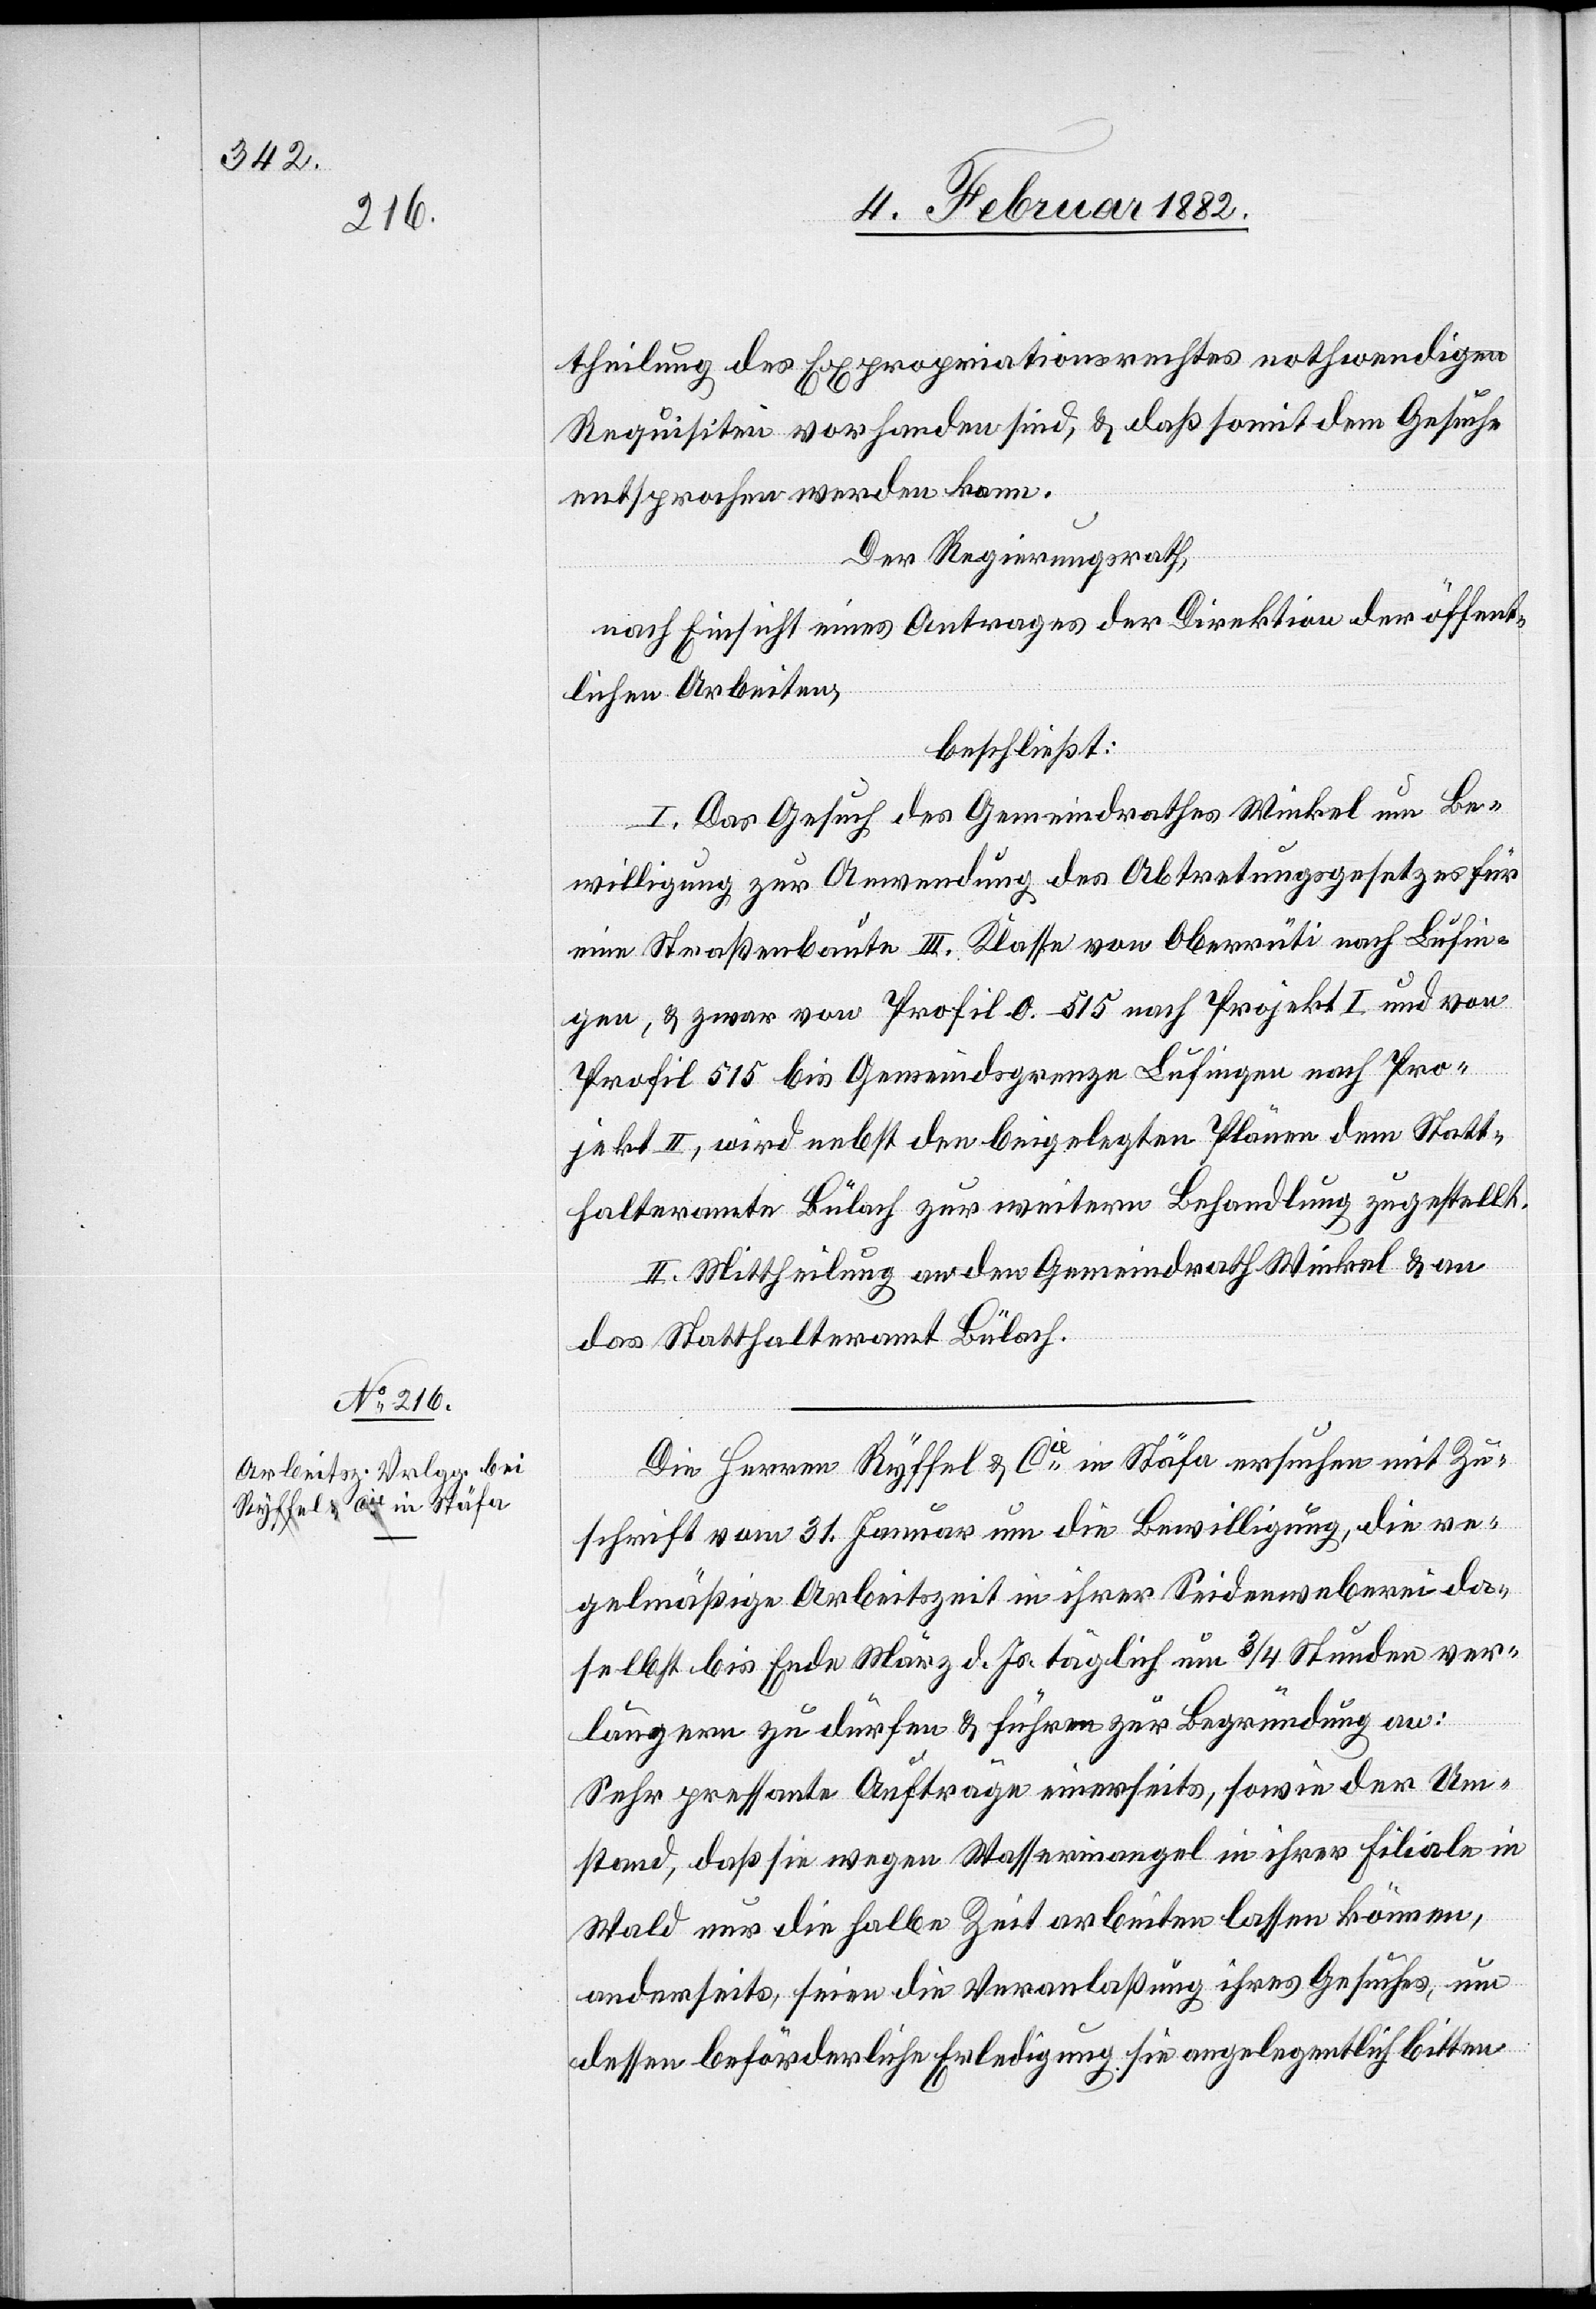
theilung des Expropriationsrechtes nothwendigen
Requisiten vorhanden sind, & daß somit dem Gesuchen
entsprochen werden kann.
Der Regierungsrath,
nach Einsicht eines Antrages der Direktion der öffent¬
lichen Arbeiten,
beschließt:
I. Das Gesuch des Gemeindrathes Winkel um Be¬
willigung zur Anwendung des Abtretungsgesetzes für
eine Straßenbaute III. Klasse von Oberrüti nach Lufin¬
gen, & zwar vom Profil 0.515 nach Projekt I und von
Profil 515 bis Gemeindsgrenze Lufingen nach Pro¬
jekt II, wird nebst den beigelegten Plänen dem Statt¬
halteramte Bülach zur weiteren Behandlung zugestellt.
II. Mittheilung an den Gemeindrath Winkel & an
das Statthalteramt Bülach.
Die Herren Ryffel & Cie in Stäfa ersuchen mit Zu¬
schrift vom 31. Januar um die Bewilligung, die re¬
gelmäßige Arbeitszeit in ihrer Seidenweberei da¬
selbst bis Ende März d. Js. täglich um 3/4 Stunden ver¬
längern zu dürfen & führen zur Begründung an:
Sehr pressante Aufträge einerseits, sowie der Um¬
stand, daß sie wegen Wassermangel in ihrer Filiale in
Wald nur die halbe Zeit arbeiten lassen können,
anderseits, seien die Veranlaßung ihres Gesuches, mit
dessen beförderlichen Erledigung sie angelegentlich bitten.